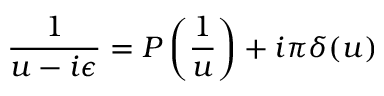
\displaystyle { \frac { 1 } { u - i \epsilon } } = { \cal P } \left( \displaystyle { \frac { 1 } { u } } \right) + i \pi \delta ( u )